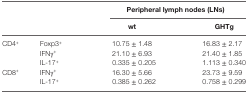
<table><thead><tr><td></td><td></td><td colspan="2"><b>Peripheral lymph nodes (LNs)</b></td><td colspan="2"></td></tr><tr><td></td><td></td><td><b>wt</b></td><td><b>GHTg</b></td></tr></thead><tbody><tr><td rowspan="3">CD4<sup>+</sup></td><td>Foxp3<sup>+</sup></td><td>10.75 ± 1.48</td><td>16.83 ± 2.17</td></tr><tr><td>IFNγ<sup>+</sup></td><td>21.10 ± 6.93</td><td>21.40 ± 1.85</td></tr><tr><td>IL-17<sup>+</sup></td><td>0.335 ± 0.205</td><td>1.113 ± 0.340</td></tr><tr><td rowspan="2">CD8<sup>+</sup></td><td>IFNγ<sup>+</sup></td><td>16.30 ± 5.66</td><td>23.73 ± 9.59</td></tr><tr><td>IL-17<sup>+</sup></td><td>0.385 ± 0.262</td><td>0.758 ± 0.299</td></tr></tbody></table>